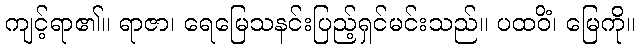
ကျင့်ရာ၏။ ရာဇာ၊ ရေမြေသနင်းပြည့်ရှင်မင်းသည်။ ပထဝိံ၊ မြေကို။